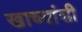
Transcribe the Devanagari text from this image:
खाच्यांशी